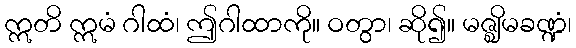
ဣတိ ဣမံ ဂါထံ၊ ဤဂါထာကို။ ဝတွာ၊ ဆို၍။ မဇ္ဈိမခဏ္ဍံ၊